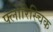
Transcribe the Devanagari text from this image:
फ्लोरिस्चिक